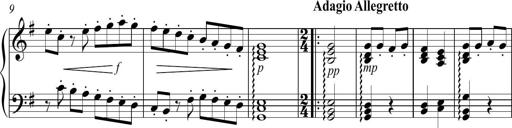
Title: Sonatina no. 2
Composer: Brian Henderson-Sellers
Key: G major